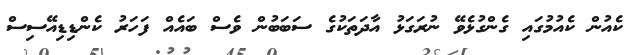
ކެއުން ކެއުމުގައި ގެންގުޅެވޭ ނުރަގަޅު އާދަތަކުގެ ސަބަބުން ވެސް ބައެއް ފަހަރު ކެންޑިޑިއޭސިސް